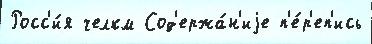
Росс'и́я челкм Сод'ержа́н'иjе п'е́р'еп'ись